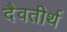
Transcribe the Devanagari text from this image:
दैवतीर्थ